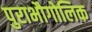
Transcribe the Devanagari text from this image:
पुराभौगोलिक